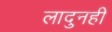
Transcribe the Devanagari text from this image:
लादुनही